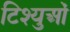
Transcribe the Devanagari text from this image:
टिश्युओं